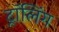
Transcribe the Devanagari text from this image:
ट्रॉलिंग